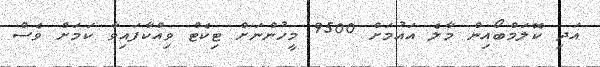
އަދި ކޮލަމްބޯއިން މާލެ އައުމަށް 9500 މީހުންނަށް ޓިކެޓް ވިއްކާފައިވާ ކަމަށް ވެސް